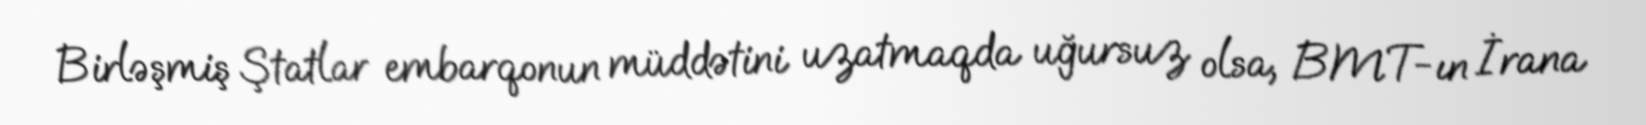
Birləşmiş Ştatlar embarqonun müddətini uzatmaqda uğursuz olsa, BMT-ın İrana